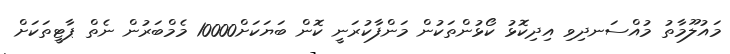
މައުލޫމާތު މުއްސަނދިވި އިދިކޮޅު ކޯޅުންތަކުން މަންފާކުރަނީ ކޮން ބަޔަކަށް10000 މެމްބަރުން ނެތް ޕާޓީތަކަށް